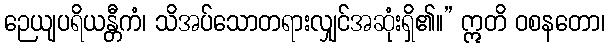
ဉေယျပရိယန္တီကံ၊ သိအပ်သောတရားလျှင်အဆုံးရှိ၏။” ဣတိ ဝစနတော၊